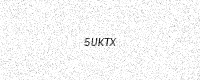
Text: 5UKTX